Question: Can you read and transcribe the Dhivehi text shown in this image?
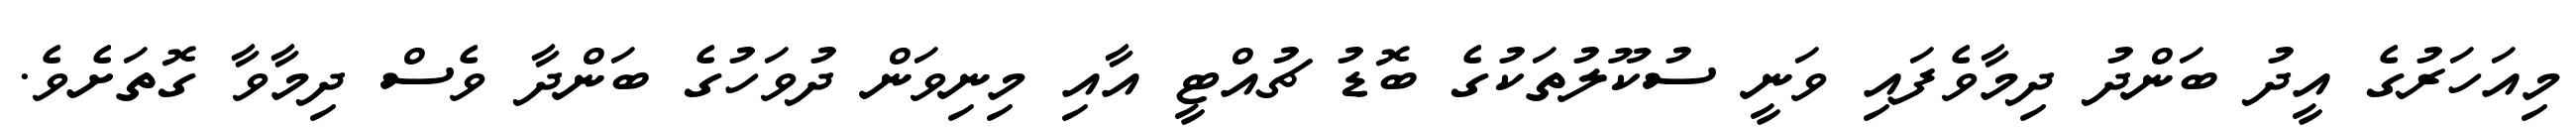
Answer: މިއަހަރުގެ އީދު ބަންދު ދިމާވެފައި ވަނީ ސުކޫލުތަކުގެ ބޮޑު ޗުއްޓީ އާއި މިނިވަން ދުވަހުގެ ބަންދާ ވެސް ދިމާވާ ގޮތަށެވެ.